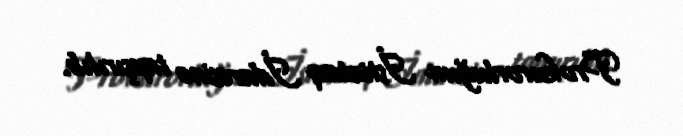
Prokurorluğun İstintaq İdarəsinə tapşırılıb.